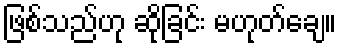
ဖြစ်သည်ဟု ဆိုခြင်း မဟုတ်ချေ။